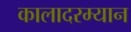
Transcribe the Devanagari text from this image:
कालादरम्यान